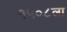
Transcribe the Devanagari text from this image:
१५०८ला